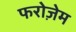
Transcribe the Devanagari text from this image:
फरोज़ेम